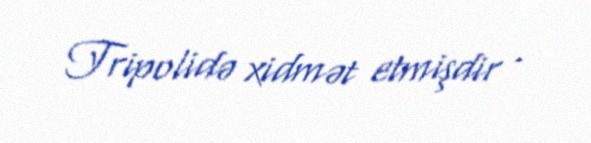
Tripolidə xidmət etmişdir .